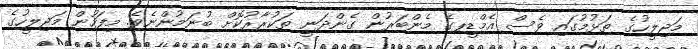
މަޖިލީހުގެ ތަޅުމުގައި ވެސް އެމްޑީޕގެ މެންބަރުން ގެންދަނީ ތަކުރާރުކޮށް ބުނަމުންނެވެ. މިފަހުން މަޖިލީހުގެ